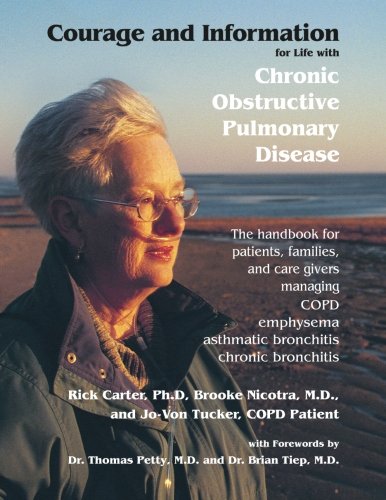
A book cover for Courage and Information for Life with Chronic Obstructive Pulmonary Disease: The Handbook for Patients, Families and Care Givers Managing COPD, Emphysema, Bronchitis; Rick Carter; Health, Fitness & Dieting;